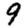
Digit: 9